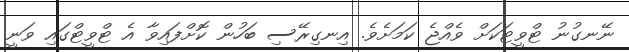
ނޭނގުނު ޓްވީޓަކަށް ވެއްޖެ ކަމަށެވެެ. އިނގިރޭސި ބަހުން ކޮށްފައިވާ އެ ޓްވީޓްގައި ވަނީ